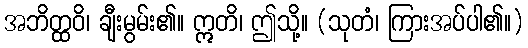
အဘိတ္ထဝိ၊ ချီးမွမ်း၏။ ဣတိ၊ ဤသို့။ (သုတံ၊ ကြားအပ်ပါ၏။)